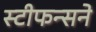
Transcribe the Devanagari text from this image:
स्टीफन्सने